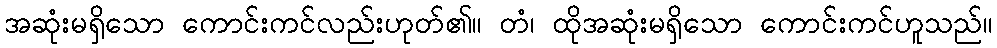
အဆုံးမရှိသော ကောင်းကင်လည်းဟုတ်၏။ တံ၊ ထိုအဆုံးမရှိသော ကောင်းကင်ဟူသည်။